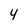
Character: 4